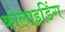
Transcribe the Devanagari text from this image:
कोलाइडिंग